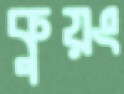
কুয়ং